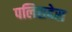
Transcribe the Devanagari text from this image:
पलिसदेस